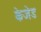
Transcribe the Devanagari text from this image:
केजेड